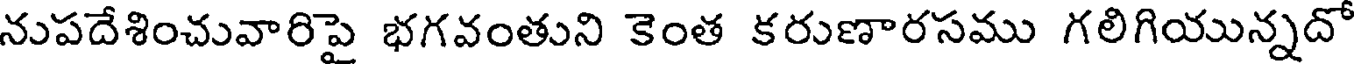
నుపదేశించువారిపై భగవంతుని కెంత కరుణారసము గలిగియున్నదో